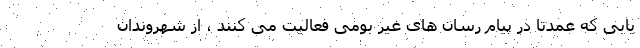
یابی که عمدتا در پیام رسان های غیر بومی فعالیت می کنند ، از شهروندان